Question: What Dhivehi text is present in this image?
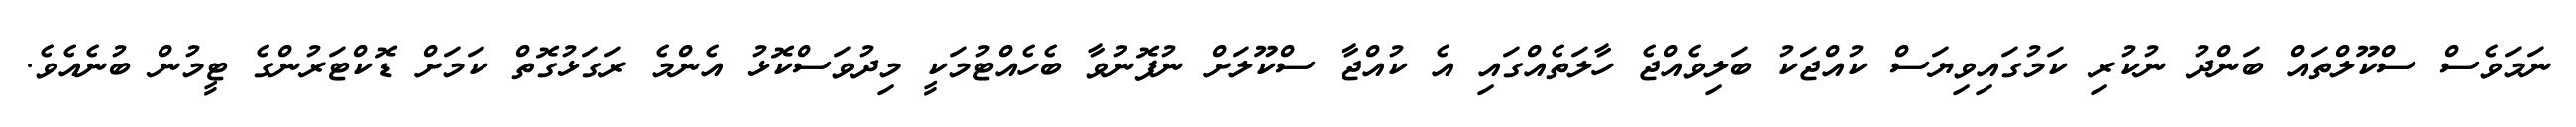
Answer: ނަމަވެސް ސްކޫލްތައް ބަންދު ނުކުރި ކަމުގައިވިޔަސް ކުއްޖަކު ބަލިވެއްޖެ ހާލަތެއްގައި އެ ކުއްޖާ ސްކޫލަށް ނުފޮނުވާ ބެހެއްޓުމަކީ މިދުވަސްކޮޅު އެންމެ ރަގަޅުގޮތް ކަމަށް ޑޮކްޓަރުންގެ ޓީމުން ބުނެއެވެ.